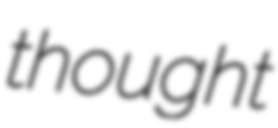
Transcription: thought